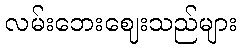
လမ်းဘေးဈေးသည်များ